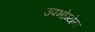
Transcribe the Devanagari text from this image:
उपभोग्येन